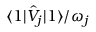
\langle 1 | \hat { V } _ { j } | 1 \rangle / \omega _ { j }